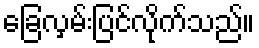
ခြေလှမ်းပြင်လိုက်သည်။